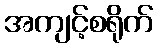
အကျင့်စရိုက်